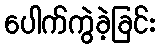
ပေါက်ကွဲခဲ့ခြင်း